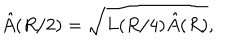
\hat { A } ( R / 2 ) = \sqrt { L ( R / 4 ) \hat { A } ( R ) } ,